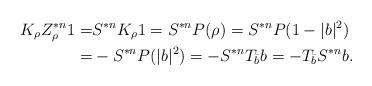
LaTeX: \begin{align*}K_\rho Z_\rho^{*n}1=&S^{*n}K_\rho 1=S^{*n}P(\rho)=S^{*n}P(1-|b|^2)\\=&-S^{*n}P(|b|^2)=-S^{*n}T_{\bar b} b=-T_{\bar b} S^{*n}b.\end{align*}